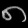
Digit: ၈